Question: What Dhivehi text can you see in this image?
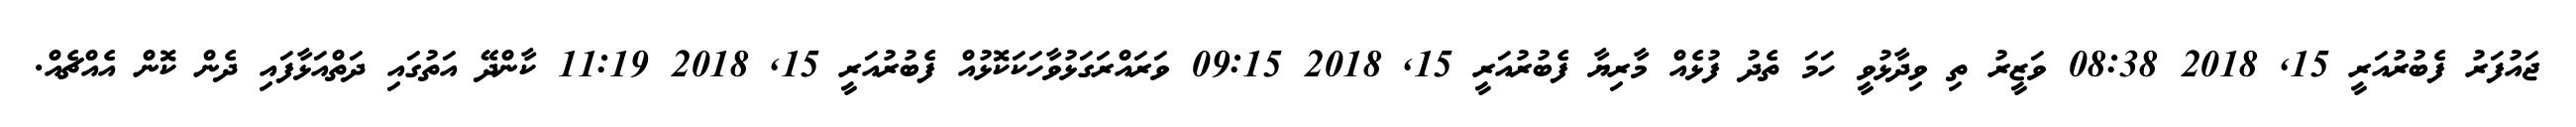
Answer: ޖައުފަރު ފެބުރުއަރީ 15, 2018 08:38 ވަޒީރު ތި ވިދާޅުވީ ހަމަ ތެދު ފުޅެއް މާރިޔާ ފެބުރުއަރީ 15, 2018 09:15 ވަރައްރަގަޅުވާހަކަކޮޅުއް ފެބުރުއަރީ 15, 2018 11:19 ކާންދޭ އަތުގައި ދަތްއަޅާފައި ދެން ކޮން އެއްޗެއް.